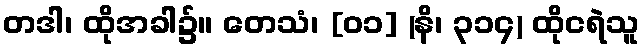
တဒါ၊ ထိုအခါ၌။ တေသံ၊ [၀၁] (နိ၊ ၃၁၄) ထိုငရဲသူ